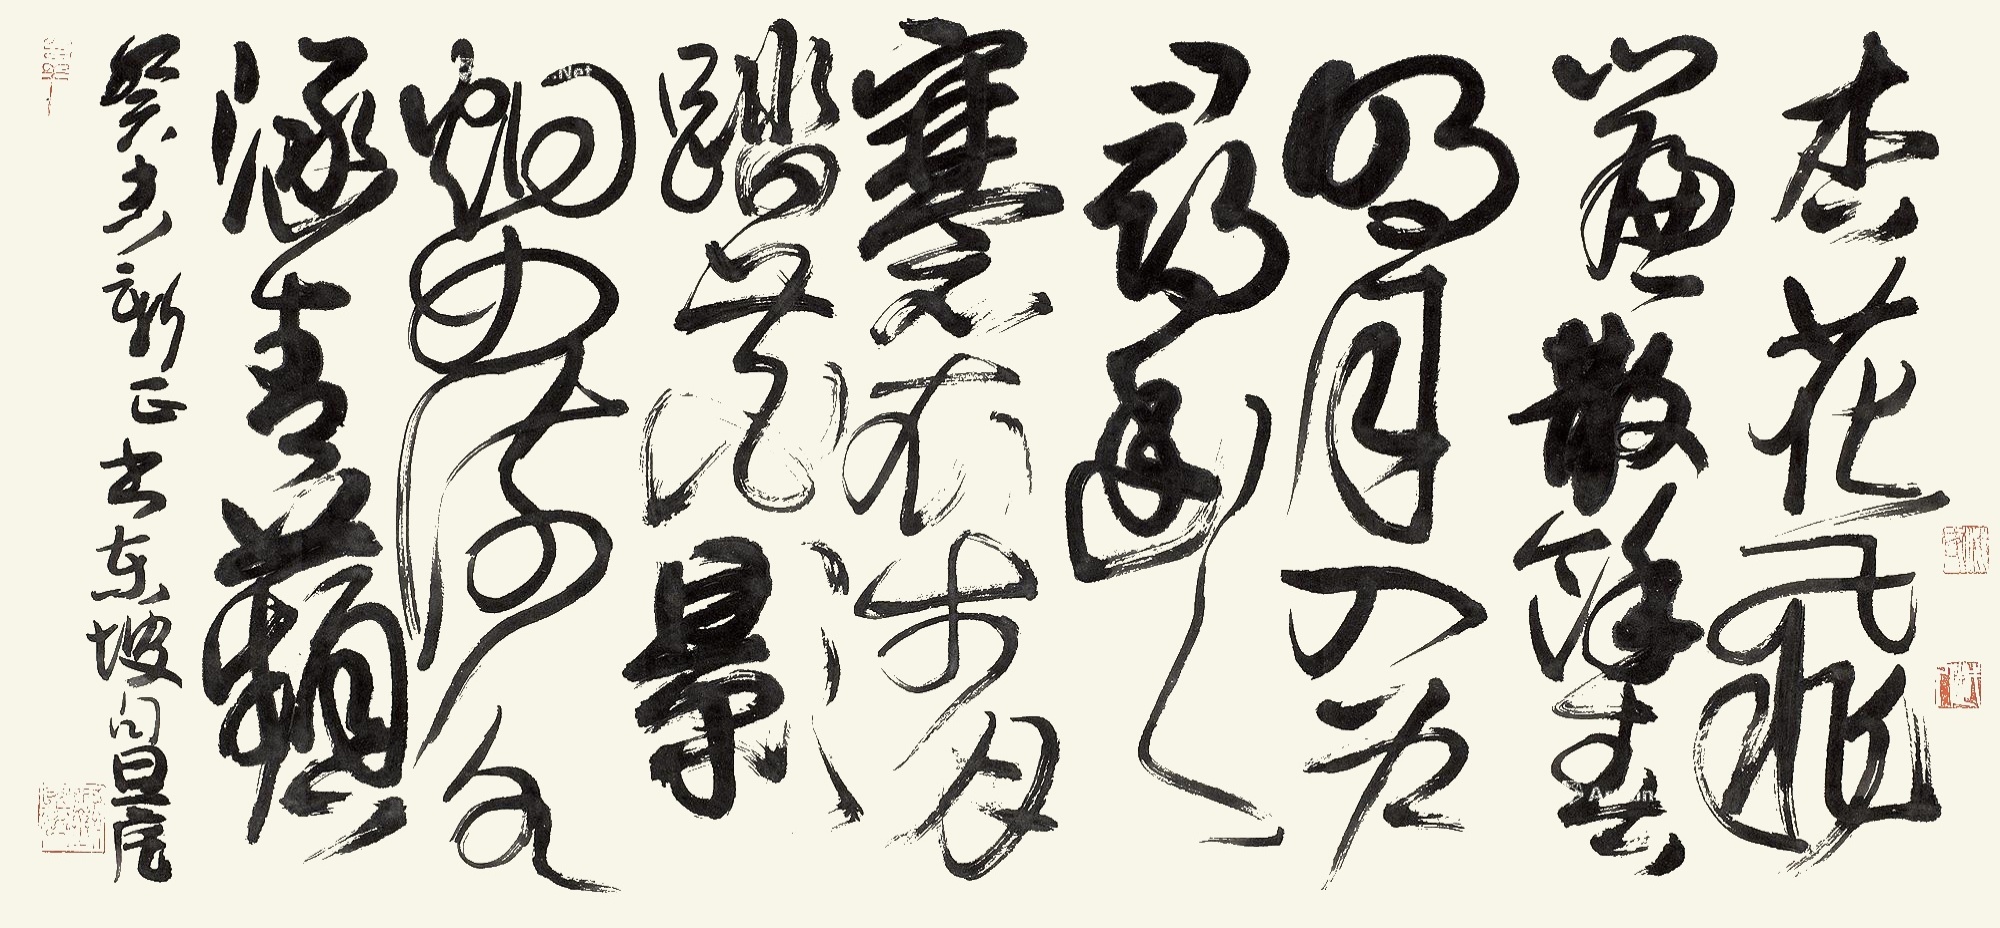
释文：杏花飞帘散余春，明月入户寻幽人。褰衣步月踏花影，烟如流水涵青萍。癸未新正书东坡句。旦宅。